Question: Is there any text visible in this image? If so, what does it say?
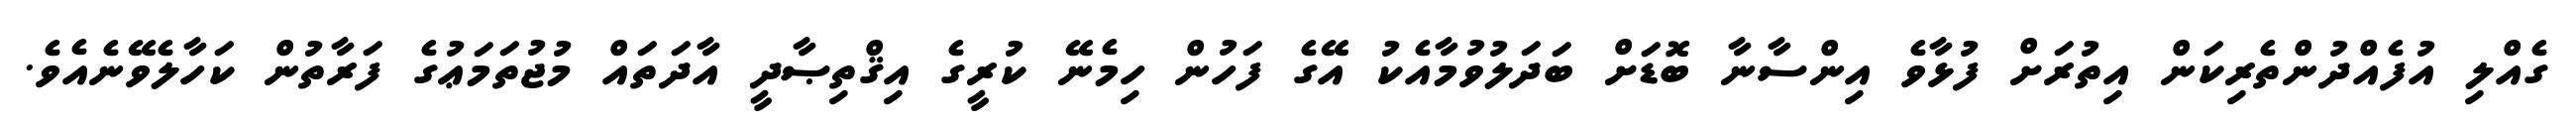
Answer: ގެއްލި އުފެއްދުންތެރިކަން އިތުރަށް ފުޅާވެ އިންސާނާ ބޮޑަށް ބަދަލުވުމާއެކު އޭގެ ފަހުން ހިމެނޭ ކުރީގެ އިޤްތިޞާދީ އާދަތައް މުޖުތަމަޢުގެ ފަރާތުން ކަހާލެވޭނެއެވެ.